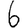
Digit: 6